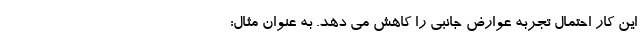
این کار احتمال تجربه عوارض جانبی را کاهش می دهد. به عنوان مثال: -